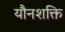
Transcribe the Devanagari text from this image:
यौनशक्ति